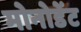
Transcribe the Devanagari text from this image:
मोनोडेंट